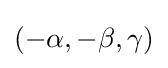
(-\alpha ,-\beta ,\gamma )